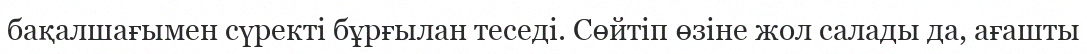
бақалшағымен сүректі бұрғылан теседі. Сөйтіп өзіне жол салады да, ағашты